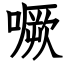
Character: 噘